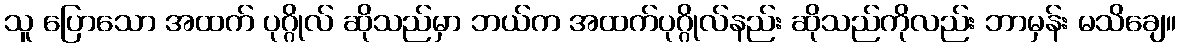
သူ ပြောသော အထက် ပုဂ္ဂိုလ် ဆိုသည်မှာ ဘယ်က အထက်ပုဂ္ဂိုလ်နည်း ဆိုသည်ကိုလည်း ဘာမှန်း မသိချေ။